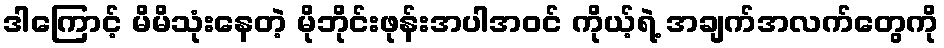
ဒါကြောင့် မိမိသုံးနေတဲ့ မိုဘိုင်းဖုန်းအပါအဝင် ကိုယ့်ရဲ့ အချက်အလက်တွေကို